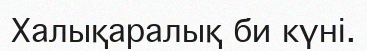
Халықаралық би күні.